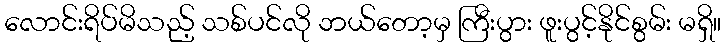
လောင်းရိပ်မိသည့် သစ်ပင်လို ဘယ်တော့မှ ကြီးပွား ဖူးပွင့်နိုင်စွမ်း မရှိ။